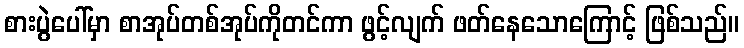
စားပွဲပေါ်မှာ စာအုပ်တစ်အုပ်ကိုတင်ကာ ဖွင့်လျက် ဖတ်နေသောကြောင့် ဖြစ်သည်။